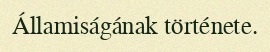
Államiságának története.